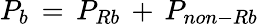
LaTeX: P_{b}\, =\, P_{Rb}\, +\, P_{non-Rb}